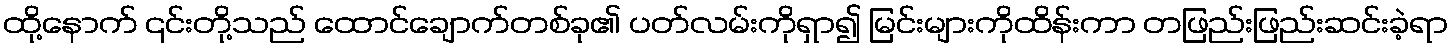
ထို့နောက် ၎င်းတို့သည် ထောင်ချောက်တစ်ခု၏ ပတ်လမ်းကိုရှာ၍ မြင်းများကိုထိန်းကာ တဖြည်းဖြည်းဆင်းခဲ့ရာ